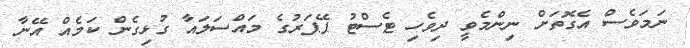
ނަމަވެސް އެގޮތަށް ނިންމެވީ ދިވެހި ޓެސްޓު ޕޭޕަރުގެ މައްސަލައާ ގުޅިގެން ކަމެއް އޭނާ